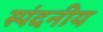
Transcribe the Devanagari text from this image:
स्पंदनीय